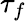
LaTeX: \tau_{f}